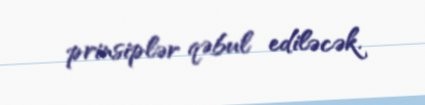
prinsiplər qəbul ediləcək.